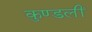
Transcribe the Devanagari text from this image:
कुण्डलीं